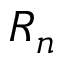
R _ { n }